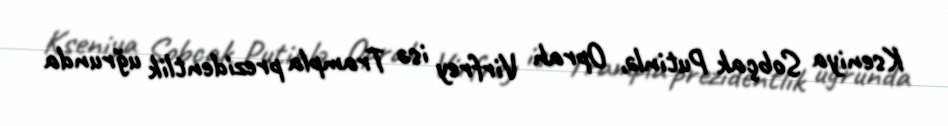
Kseniya Sobçak Putinlə, Oprah Virfrey isə Trampla prezidentlik uğrunda